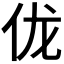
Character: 𫢒